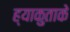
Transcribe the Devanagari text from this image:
ह्याकुताके